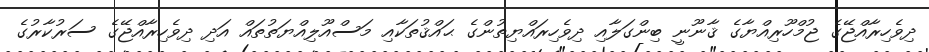
ދިވެހިރާއްޖޭގެ ޖުމްހޫރިއްޔާގެ ޤާނޫނީ ބިންގަލާއި ދިވެހިރައްޔިތުންގެ ޙައްޤުތަކާއި މަސްއޫލިއްޔަތުތައް އަދި ދިވެހިރާއްޖޭގެ ސަރުކާރުގެ